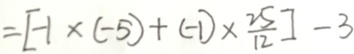
= [ - 1 \times ( - 5 ) + ( - 1 ) \times \frac { 2 5 } { 1 2 } ] - 3